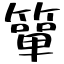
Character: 簞